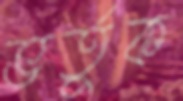
ভর্তুক